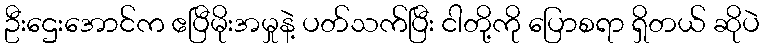
ဦးဌေးအောင်က ဧပြီမိုးအမှုနဲ့ ပတ်သက်ပြီး ငါတို့ကို ပြောစရာ ရှိတယ် ဆိုပဲ